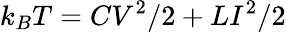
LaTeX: k_{B}T=CV^{2}/2+LI^{2}/2